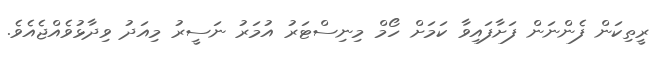
ރީތިކަން ފެންނަން ފަށާފައިވާ ކަމަށް ހޯމް މިނިސްޓަރު އުމަރު ނަސީރު މިއަދު ވިދާޅުވެއްޖެއެވެ.